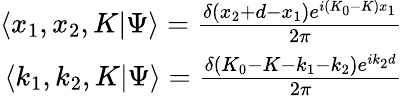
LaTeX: \begin{array}{r}{\langle x_{1},x_{2},K|\Psi\rangle=\frac{\delta(x_{2}+d-x_{1})e^{i(K_{0}-K)x_{1}}}{2\pi}}\\ {\langle k_{1},k_{2},K|\Psi\rangle=\frac{\delta(K_{0}-K-k_{1}-k_{2})e^{ik_{2}d}}{2\pi}}\end{array}